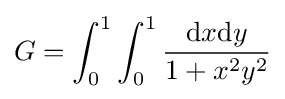
G=\int _{0}^{1}\int _{0}^{1}{\frac {\mathrm {d} x\mathrm {d} y}{1+x^{2}y^{2}}}